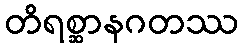
တိရစ္ဆာနဂတဿ